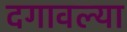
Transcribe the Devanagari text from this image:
दगावल्या